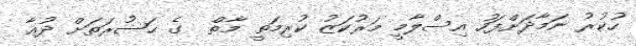
ހުކުރު ނަމާދަށްފަހު އިސްލާމީ މަރުކަޒު ކުރިމަތީ މާތް  ގެ ޙަޟުރަތަށް ދުޢާ